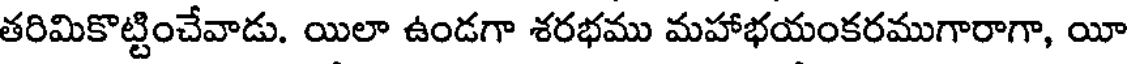
తరిమికొట్టించేవాడు. యిలా ఉండగా శరభము మహాభయంకరముగారాగా, యీ